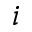
i